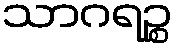
သာဂရဉ္စ